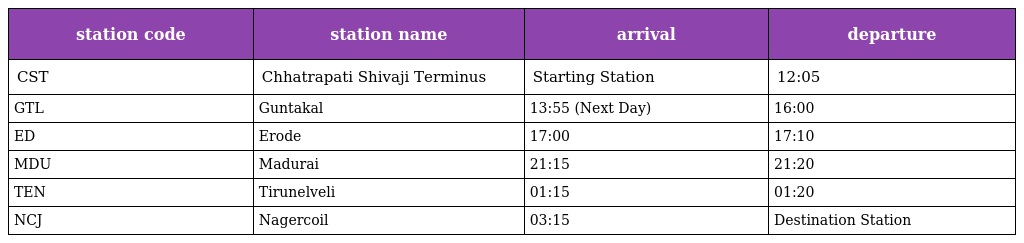
| station code | station name | arrival | departure |
 | --- | --- | --- | --- |
 | CST | Chhatrapati Shivaji Terminus | Starting Station | 12:05 |
 | GTL | Guntakal | 13:55 (Next Day) | 16:00 |
 | ED | Erode | 17:00 | 17:10 |
 | MDU | Madurai | 21:15 | 21:20 |
 | TEN | Tirunelveli | 01:15 | 01:20 |
 | NCJ | Nagercoil | 03:15 | Destination Station |